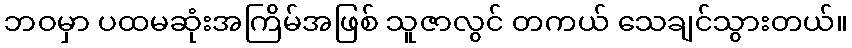
ဘဝမှာ ပထမဆုံးအကြိမ်အဖြစ် သူဇာလွင် တကယ် သေချင်သွားတယ်။